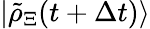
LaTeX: \left|\tilde{\rho}_{\Xi}(t+\Delta t)\right\rangle